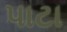
પાટા